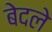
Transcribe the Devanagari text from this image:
बेदले